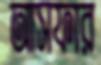
আসফার